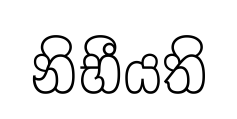
නිභීයති